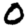
Digit: 0